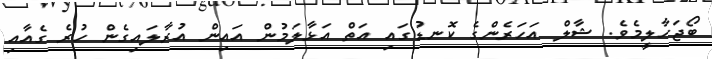
ބޯޖަހާލީމެވެ. ޝާލް އަހަރެންގެ ކޮނޑުގައި އަތް އަޅާލަމުން އައިން އުރާލައިގެން ހުރެ ގެއާއި